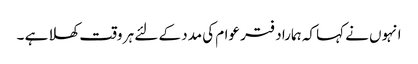
انہوں نے کہا کہ ہمارا دفتر عوام کی مدد کے لئے ہر وقت کھلا ہے ۔